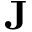
\mathbf { J }